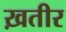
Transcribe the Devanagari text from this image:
ख़तीर